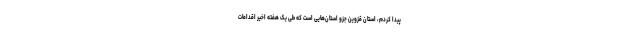
پیدا کردم، استان قزوین جزو استان‌هایی است که طی یک هفته اخیر اقدامات